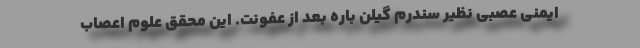
ایمنی عصبی نظیر سندرم گیلن باره بعد از عفونت. این محقق علوم اعصاب